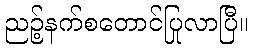
ညဉ့်နက်စတောင်ပြုလာပြီ။